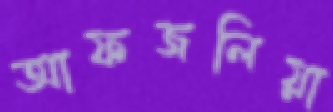
আফজলিয়া